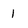
Character: 1